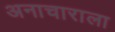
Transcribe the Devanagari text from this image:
अनाचाराला